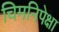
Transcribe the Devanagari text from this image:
चिमनिपेक्षा